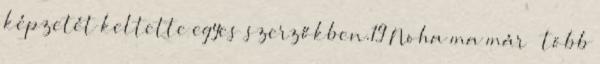
képzetét keltette egyes szerzőkben.19 Noha ma már – több